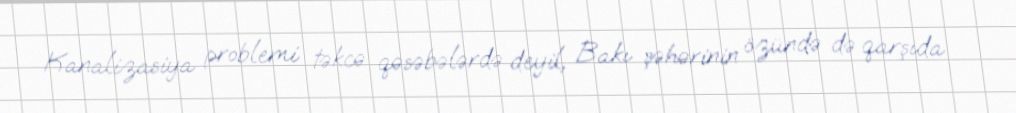
Kanalizasiya problemi təkcə qəsəbələrdə deyil, Bakı şəhərinin özündə də qarşıda